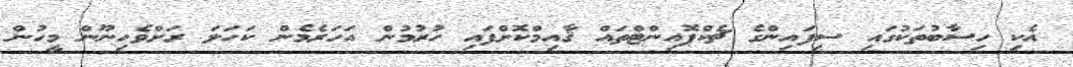
އެކި ހިސާބުތަކުގައި ސިފައިންގެ ޗެކްޕޮއިންޓްތައް ޤާއިމްކޮށްފައި ހުރުމުން އަހަރެމެން ކަހަލަ ރަށްވެހިނޫން މީހުން